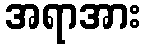
အရာအား